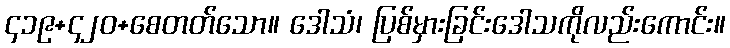
၄၁၉+၄၂၀+စေတတ်သော။ ဒေါသံ၊ ပြစ်မှားခြင်းဒေါသကိုလည်းကောင်း။